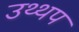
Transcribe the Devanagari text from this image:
उथ्थप